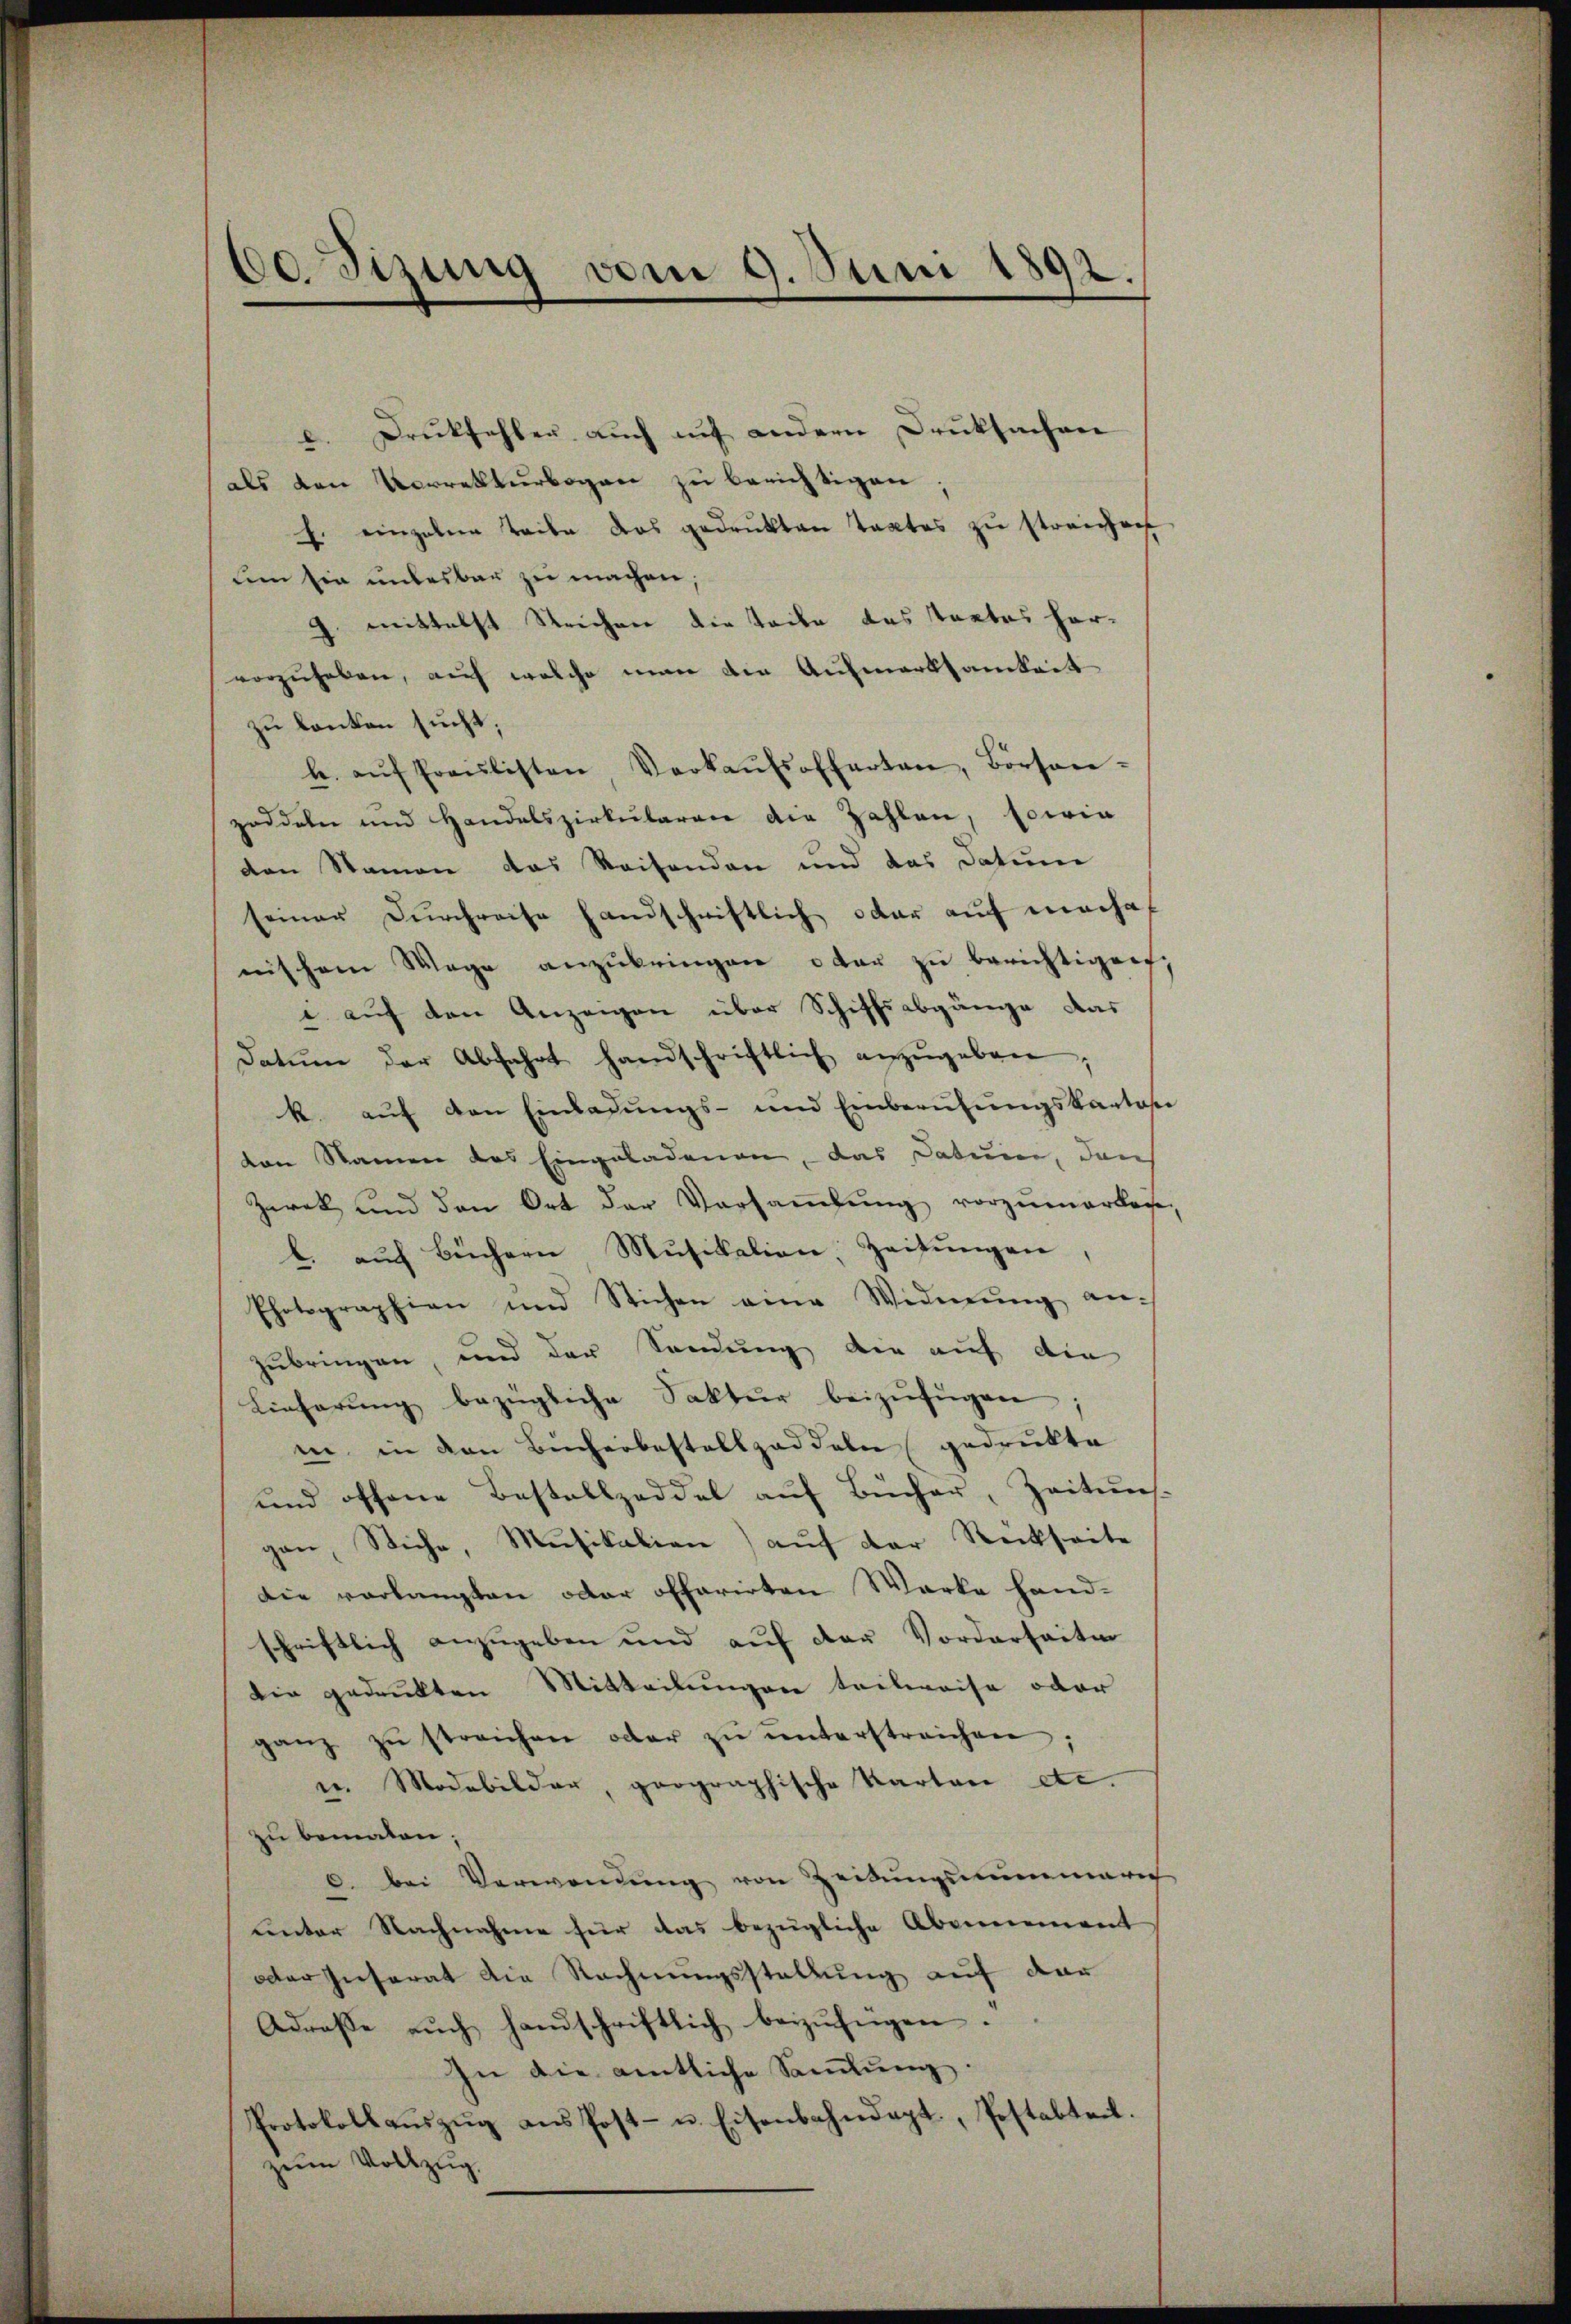
60. Sizung vom 9. Juni 1892.

c. Druckfehler auch auf andern Druksachen
als den Vorrekturbogen zu berichtigen;
E. einzelne Teile das gedrukten Taxtes zu streichen
um sie unbesbar zu machen,
9. mittelst Strichen die Tode das tactes hervorzuheben, auf welche man die Aufmerksamkeit
zu kanton sucht,
b. aŭf Fraŭlisten Verkaŭfsofferten, Börsen-
zoddeler und Handelszirkŭlaren die Zahlen, sowie
den Namen das Reisenden und das Datum
seiner Durchreise Handschriftlich oder auf mache
nischem Wege anzŭbringen oder zu berichtigen.
. auf den Anzeigen über Schiffsabgänge das
Datum der Abfahrt handschriftlich anzŭgeben
k. aŭf den Einladŭngs- und Einberühŭngskanton
ten Namen des Eingeladenen, das Datum, dan
Zarek und den Ort der Versaṁlŭng vorzumerken,
b. aŭf Büchern Mŭsikalien, Zeitŭngen,
Photographien und Stichen eine Widmung anzubringen, und der Sendung der auf die
Lieferŭng bezügliche Saktur beizufügen
in, in den Bücherbestallzaddeln gedrukte
und offene Bestallzeddel auf Bücher, Zeitung
gen, Stiche, Musikalien) auf der Reckseite
Die verlangten oder offerirten Werke hand-
schriftlich anzugeben und auf der Vorderseiten
die gedrukten Mitteilungen teilweise oder
ganz zŭ streichen oder zŭ ŭnterstreichen;
u. Modebilder, prographische Parten etc.
zu bematen;
0. bei Verwendung von Zeitungsummari
unter Nachnahme für das bezügliche Abeneiment
oder Insarat die Rechnungsstellung auf dar
Adresse aŭch handschriftlich beizufügen.
In die amtliche Samlung:
Protokollaŭszŭg ans Post- u. Eisenbahndept, Postabteil.
zum Vollzug.